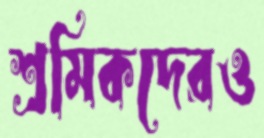
শ্রমিকদেরও